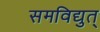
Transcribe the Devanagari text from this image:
समविद्युत्‌